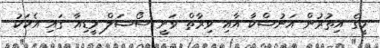
މީގެ އިތުރުން އަނުޝްކާ އާއި ވިރާތް ވަނީ ސޯޝަލް މީޑިއާ ގައި އެކަކު